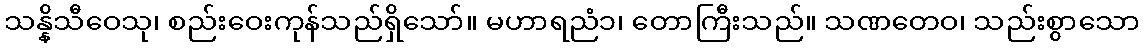
သန္နိသီဝေသု၊ စည်းဝေးကုန်သည်ရှိသော်။ မဟာရညံ၁၊ တောကြီးသည်။ သဏတေဝ၊ သည်းစွာသော